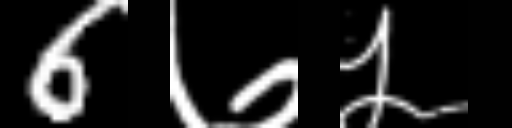
Text: 6७५